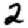
Digit: 2